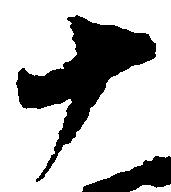
十